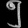
Digit: ၅